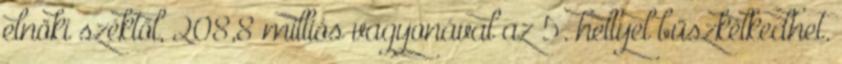
elnöki széktől, 208,8 milliós vagyonával az 5. hellyel büszkélkedhet.